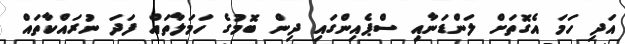
އަދި ހަމަ އެގޮތަށް ލަންޑަނާއި ސްޕެއިންގައި ދިން ބޮމުގެ ހަމަލާތައް ފަދަ ނުރައްކާތައް